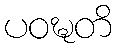
ပဝဍ္ဎတိ